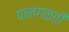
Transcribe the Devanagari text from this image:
पानगळती